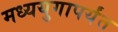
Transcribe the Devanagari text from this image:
मध्ययुगापर्यंत